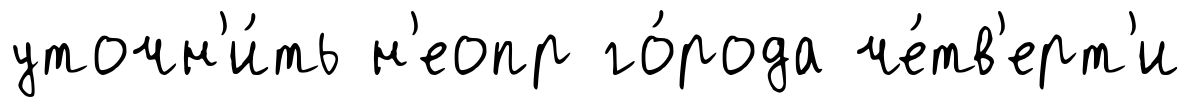
уточн'и́ть н'еопр го́рода че́тв'ерт'и